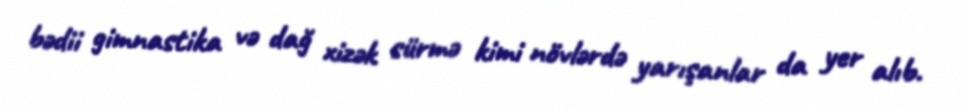
bədii gimnastika və dağ xizək sürmə kimi növlərdə yarışanlar da yer alıb.